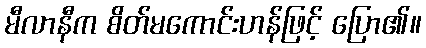
မီလာနီက စိတ်မကောင်းဟန်ဖြင့် ပြော၏။